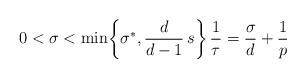
LaTeX: \begin{align*}0 < \sigma < \min\!\left\{ \sigma^*, \frac{d}{d-1}\, s \right\} \frac{1}{\tau} = \frac{\sigma}{d} + \frac{1}{p}\end{align*}